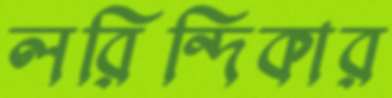
লরিন্দিকার